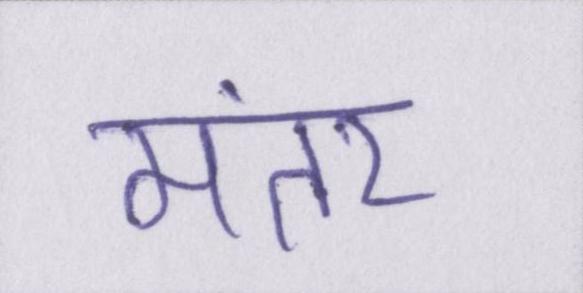
मंतर